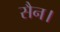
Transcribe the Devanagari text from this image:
सैन।